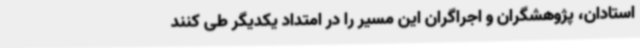
استادان، پژوهشگران و اجراگران این مسیر را در امتداد یکدیگر طی کنند